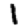
Digit: 1